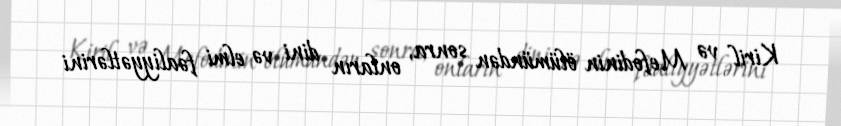
Kiril və Mefodinin ölümündən sonra, onların dini və elmi fəaliyyətlərini